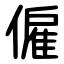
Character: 僱